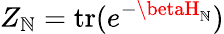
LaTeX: Z_{\mathbb{N}}=\mathrm{{tr}}(e^{-\betaH_{\mathbb{N}}})